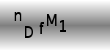
Text: nDfM1